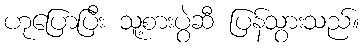
ဟုပြောပြီး သူ့စားပွဲဆီ ပြန်သွားသည်။